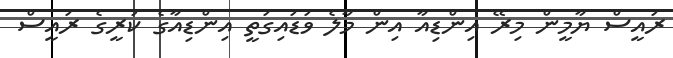
ރައީސް ޔާމީން މިރޭ އިންޑިއާ އިން މާލެ ވަޑައިގަތީ އިންޑިއާގެ ކުރީގެ ރައީސް